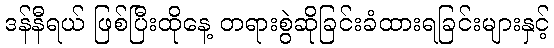
ဒန်နီရယ် ဖြစ်ပြီးထိုနေ့ တရားစွဲဆိုခြင်းခံထားရခြင်းများနှင့်